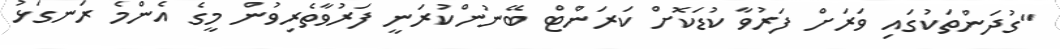
"ގުދަންތަކުގައި ވަރަށް ފަރުވާ ކުޑަކޮށް ކަރަންޓް ބޭނުންކުރަނީ ފަރުވާތެރިވުން މީގެ އެންމެ ރަނގަޅު